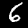
Digit: 6